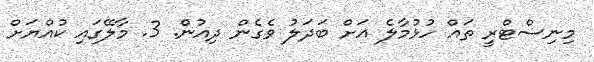
މިނިސްޓްރީ ތައް ހުޅުމާލެ އަށް ބަދަލު ވެގެން ދިއުން. 3. މާލޭގައި ކުއްޔަށް